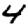
Digit: 4